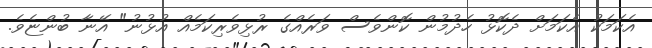
އެކަމަކު އެކަމަށް ދެކޮޅު ހެދުމުން ކޮންވެސް ވަރެއްގެ ރުޅިވެރިކަމެއް އުޅުނު" އޭނާ ބުންޏެވެ.